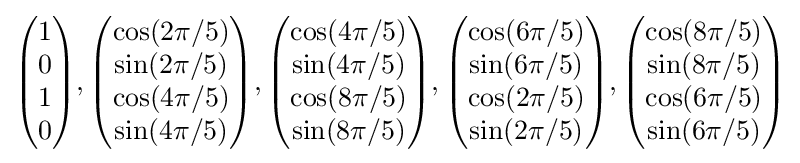
{\begin{pmatrix}1\\0\\1\\0\end{pmatrix}},{\begin{pmatrix}\cos(2\pi /5)\\\sin(2\pi /5)\\\cos(4\pi /5)\\\sin(4\pi /5)\end{pmatrix}},{\begin{pmatrix}\cos(4\pi /5)\\\sin(4\pi /5)\\\cos(8\pi /5)\\\sin(8\pi /5)\end{pmatrix}},{\begin{pmatrix}\cos(6\pi /5)\\\sin(6\pi /5)\\\cos(2\pi /5)\\\sin(2\pi /5)\end{pmatrix}},{\begin{pmatrix}\cos(8\pi /5)\\\sin(8\pi /5)\\\cos(6\pi /5)\\\sin(6\pi /5)\end{pmatrix}}